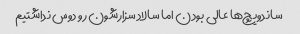
ساندویچ‌ها عالی بودن اما سالاد سزارشون رو دوس نداشتیم